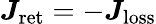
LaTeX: \boldsymbol{J}_{\mathrm{ret}}=-\boldsymbol{J}_{\mathrm{loss}}